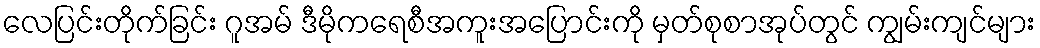
လေပြင်းတိုက်ခြင်း ဂူအမ် ဒီမိုကရေစီအကူးအပြောင်းကို မှတ်စုစာအုပ်တွင် ကျွမ်းကျင်များ